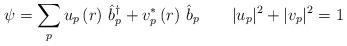
LaTeX: \begin{align*}\psi =\sum\limits_pu_p\left( r\right) \,\hat b_p^{\dagger }+v_p^{*}\left(r\right) \,\hat b_p\qquad |u_p|^2+|v_p|^2=1 \end{align*}